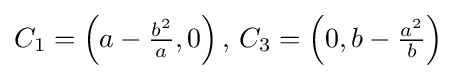
C_{1}=\left(a-{\tfrac {b^{2}}{a}},0\right),\,C_{3}=\left(0,b-{\tfrac {a^{2}}{b}}\right)